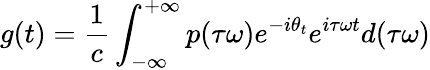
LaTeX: g(t)=\frac{1}{c}\int_{-\infty}^{+\infty}p(\tau\omega)e^{-i\theta_{t}}e^{i\tau\omega t}d(\tau\omega)